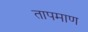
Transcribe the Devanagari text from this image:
तापमाण